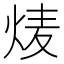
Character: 𮳩